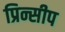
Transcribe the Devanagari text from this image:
प्रिन्सीप